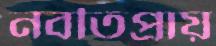
নবতিপ্রায়